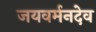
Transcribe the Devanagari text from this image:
जयवर्मनदेव